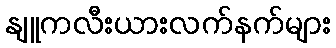
နျူကလီးယားလက်နက်များ